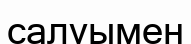
салуымен